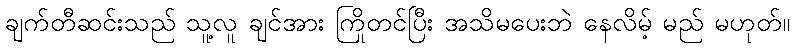
ချက်တီဆင်းသည် သူ့လူ ချင်အား ကြိုတင်ပြီး အသိမပေးဘဲ နေလိမ့် မည် မဟုတ်။